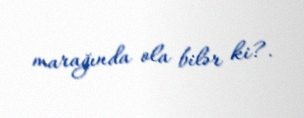
marağında ola bilər ki?.